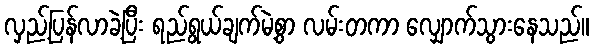
လှည့်ပြန်လာခဲ့ပြီး ရည်ရွယ်ချက်မဲ့စွာ လမ်းတကာ လျှောက်သွားနေသည်။